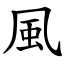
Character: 風